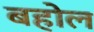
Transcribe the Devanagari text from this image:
बहोल